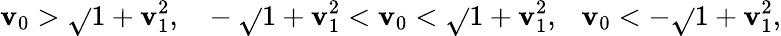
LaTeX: \mathbf{v}_{0}>\sqrt{}{{1+\mathbf{v}_{1}^{2}}},~~~-\sqrt{}{{1+\mathbf{v}_{1}^{2}}}<\mathbf{v}_{0}<\sqrt{}{{1+\mathbf{v}_{1}^{2}}},~~~\mathbf{v}_{0}<-\sqrt{}{{1+\mathbf{v}_{1}^{2}}},